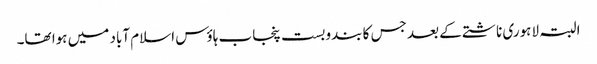
البتہ لاہوری ناشتے کے بعد جس کا بندوبست پنجاب ہاؤس اسلام آباد میں ہوا تھا۔